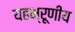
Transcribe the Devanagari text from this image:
यहभ्रूणीय